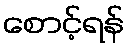
စောင့်ရန်